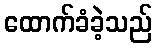
ထောက်ခံခဲ့သည်